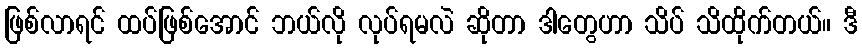
ဖြစ်လာရင် ထပ်ဖြစ်အောင် ဘယ်လို လုပ်ရမလဲ ဆိုတာ ဒါတွေဟာ သိပ် သိထိုက်တယ်။ ဒီ